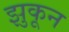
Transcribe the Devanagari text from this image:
झुकून